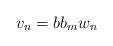
LaTeX: \begin{align*}v_n=bb_mw_n\end{align*}